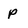
Character: p